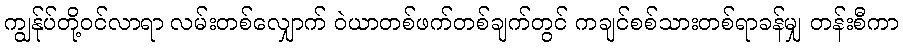
ကျွန်ုပ်တို့ဝင်လာရာ လမ်းတစ်လျှောက် ဝဲယာတစ်ဖက်တစ်ချက်တွင် ကချင်စစ်သားတစ်ရာခန်မျှ တန်းစီကာ